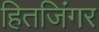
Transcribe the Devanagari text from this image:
हितजिंगर